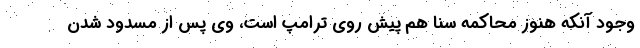
وجود آنکه هنوز محاکمه سنا هم پیش روی ترامپ است، وی پس از مسدود شدن